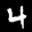
Label: 4